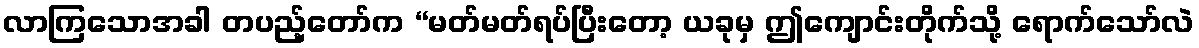
လာကြသောအခါ တပည့်တော်က “မတ်မတ်ရပ်ပြီးတော့ ယခုမှ ဤကျောင်းတိုက်သို့ ရောက်သော်လဲ